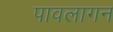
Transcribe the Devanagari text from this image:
पावलागन